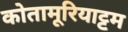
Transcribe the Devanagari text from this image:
कोतामूरियाट्टम